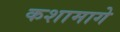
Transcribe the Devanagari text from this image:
कशामागे